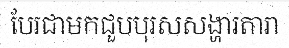
បែរជាមកជួបបុរសសង្ហារតារា